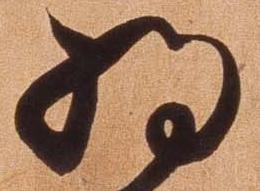
将